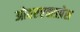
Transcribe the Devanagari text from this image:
ओवरएक्सप्रेस